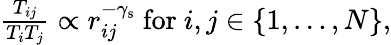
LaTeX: \begin{array}{r}{\frac{T_{ij}}{T_{i}T_{j}}\propto r_{ij}^{-\gamma_{\mathrm{s}}}\ \textrm{for}\ i,j\in\{ 1,\ldots,N\} ,}\end{array}